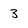
Character: 3